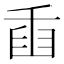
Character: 𦥫